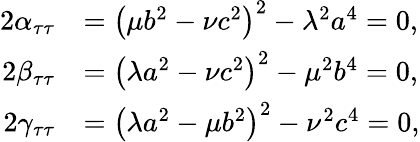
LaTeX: {\begin{array}{rl}{2\alpha_{\tau\tau}}&{=\left(\mu b^{2}-\nu c^{2}\right)^{2}-\lambda^{2}a^{4}=0,}\\ {2\beta_{\tau\tau}}&{=\left(\lambda a^{2}-\nu c^{2}\right)^{2}-\mu^{2}b^{4}=0,}\\ {2\gamma_{\tau\tau}}&{=\left(\lambda a^{2}-\mu b^{2}\right)^{2}-\nu^{2}c^{4}=0,}\end{array}}